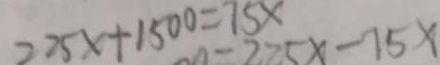
2 2 5 x + 1 5 0 0 = 7 5 x